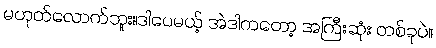
မဟုတ်လောက်ဘူး။ဒါပေမယ့် အဲဒါကတော့ အကြီးဆုံး တစ်ခုပဲ။